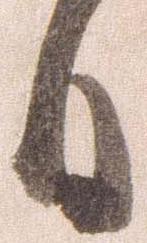
日